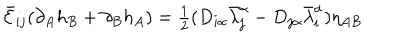
\bar { \cal E } _ { i j } ( \partial _ { A } h _ { B } + \partial _ { B } h _ { A } ) = \textstyle { \frac { 1 } { 2 } } ( D _ { i \alpha } \bar { \lambda } _ { j } ^ { \alpha } - D _ { j \alpha } \bar { \lambda } _ { i } ^ { \alpha } ) \eta _ { A B }